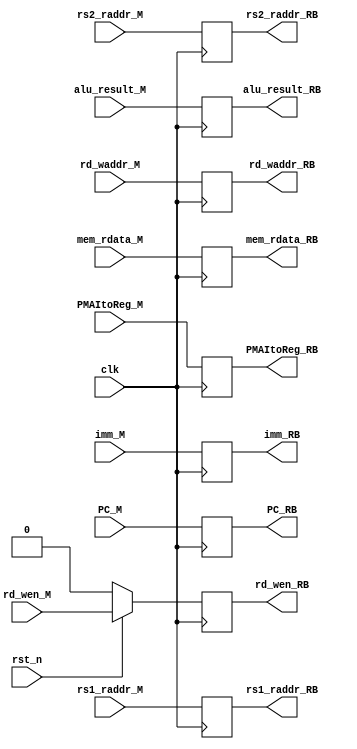
module M_RB(
    input clk,
    input rst_n,
    input [1:0] PMAItoReg_M,
    input rd_wen_M,

    input [31:0] imm_M,
    input [31:0] mem_rdata_M,

    input [31:0] alu_result_M,
    input [31:0] PC_M,
    input [4:0] rd_waddr_M,
    input [5-1: 0] rs1_raddr_M,
    input [5-1: 0] rs2_raddr_M,
    output reg [5-1: 0] rs1_raddr_RB,
    output reg [5-1: 0] rs2_raddr_RB,

    output reg [1:0] PMAItoReg_RB,
    output reg rd_wen_RB,

    output reg [31:0] imm_RB,
    output reg [31:0] mem_rdata_RB,

    output reg [31:0] alu_result_RB,
    output reg [31:0] PC_RB,
    output reg [4:0] rd_waddr_RB
);

always@(posedge clk) begin
    if(!rst_n) begin
        rd_wen_RB <= 0;
    end
    else begin
        rd_wen_RB <= rd_wen_M;
    end
end

always@(posedge clk) begin
    PMAItoReg_RB <= PMAItoReg_M;
    imm_RB <= imm_M;
    mem_rdata_RB <= mem_rdata_M;
    alu_result_RB <= alu_result_M;
    PC_RB <= PC_M;
    rd_waddr_RB <= rd_waddr_M;
    rs1_raddr_RB <= rs1_raddr_M;
    rs2_raddr_RB <= rs2_raddr_M;
end

endmodule